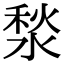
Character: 湬